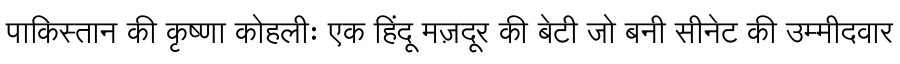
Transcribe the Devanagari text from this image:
पाकिस्तान की कृष्णा कोहलीः एक हिंदू मज़दूर की बेटी जो बनी सीनेट की उम्मीदवार